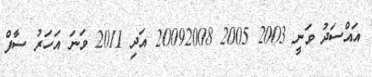
އައްސަދު ވަނީ 2003 2005 20092008 އަދި 2011 ވަނަ އަހަރު ސާފް